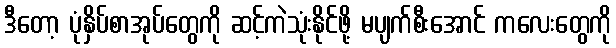
ဒီတော့ ပုံနှိပ်စာအုပ်တွေကို ဆင့်ကဲသုံးနိုင်ဖို့ မပျက်စီးအောင် ကလေးတွေကို